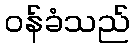
ဝန်ခံသည်